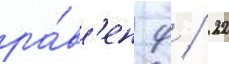
ра́в'ен 9 / 22